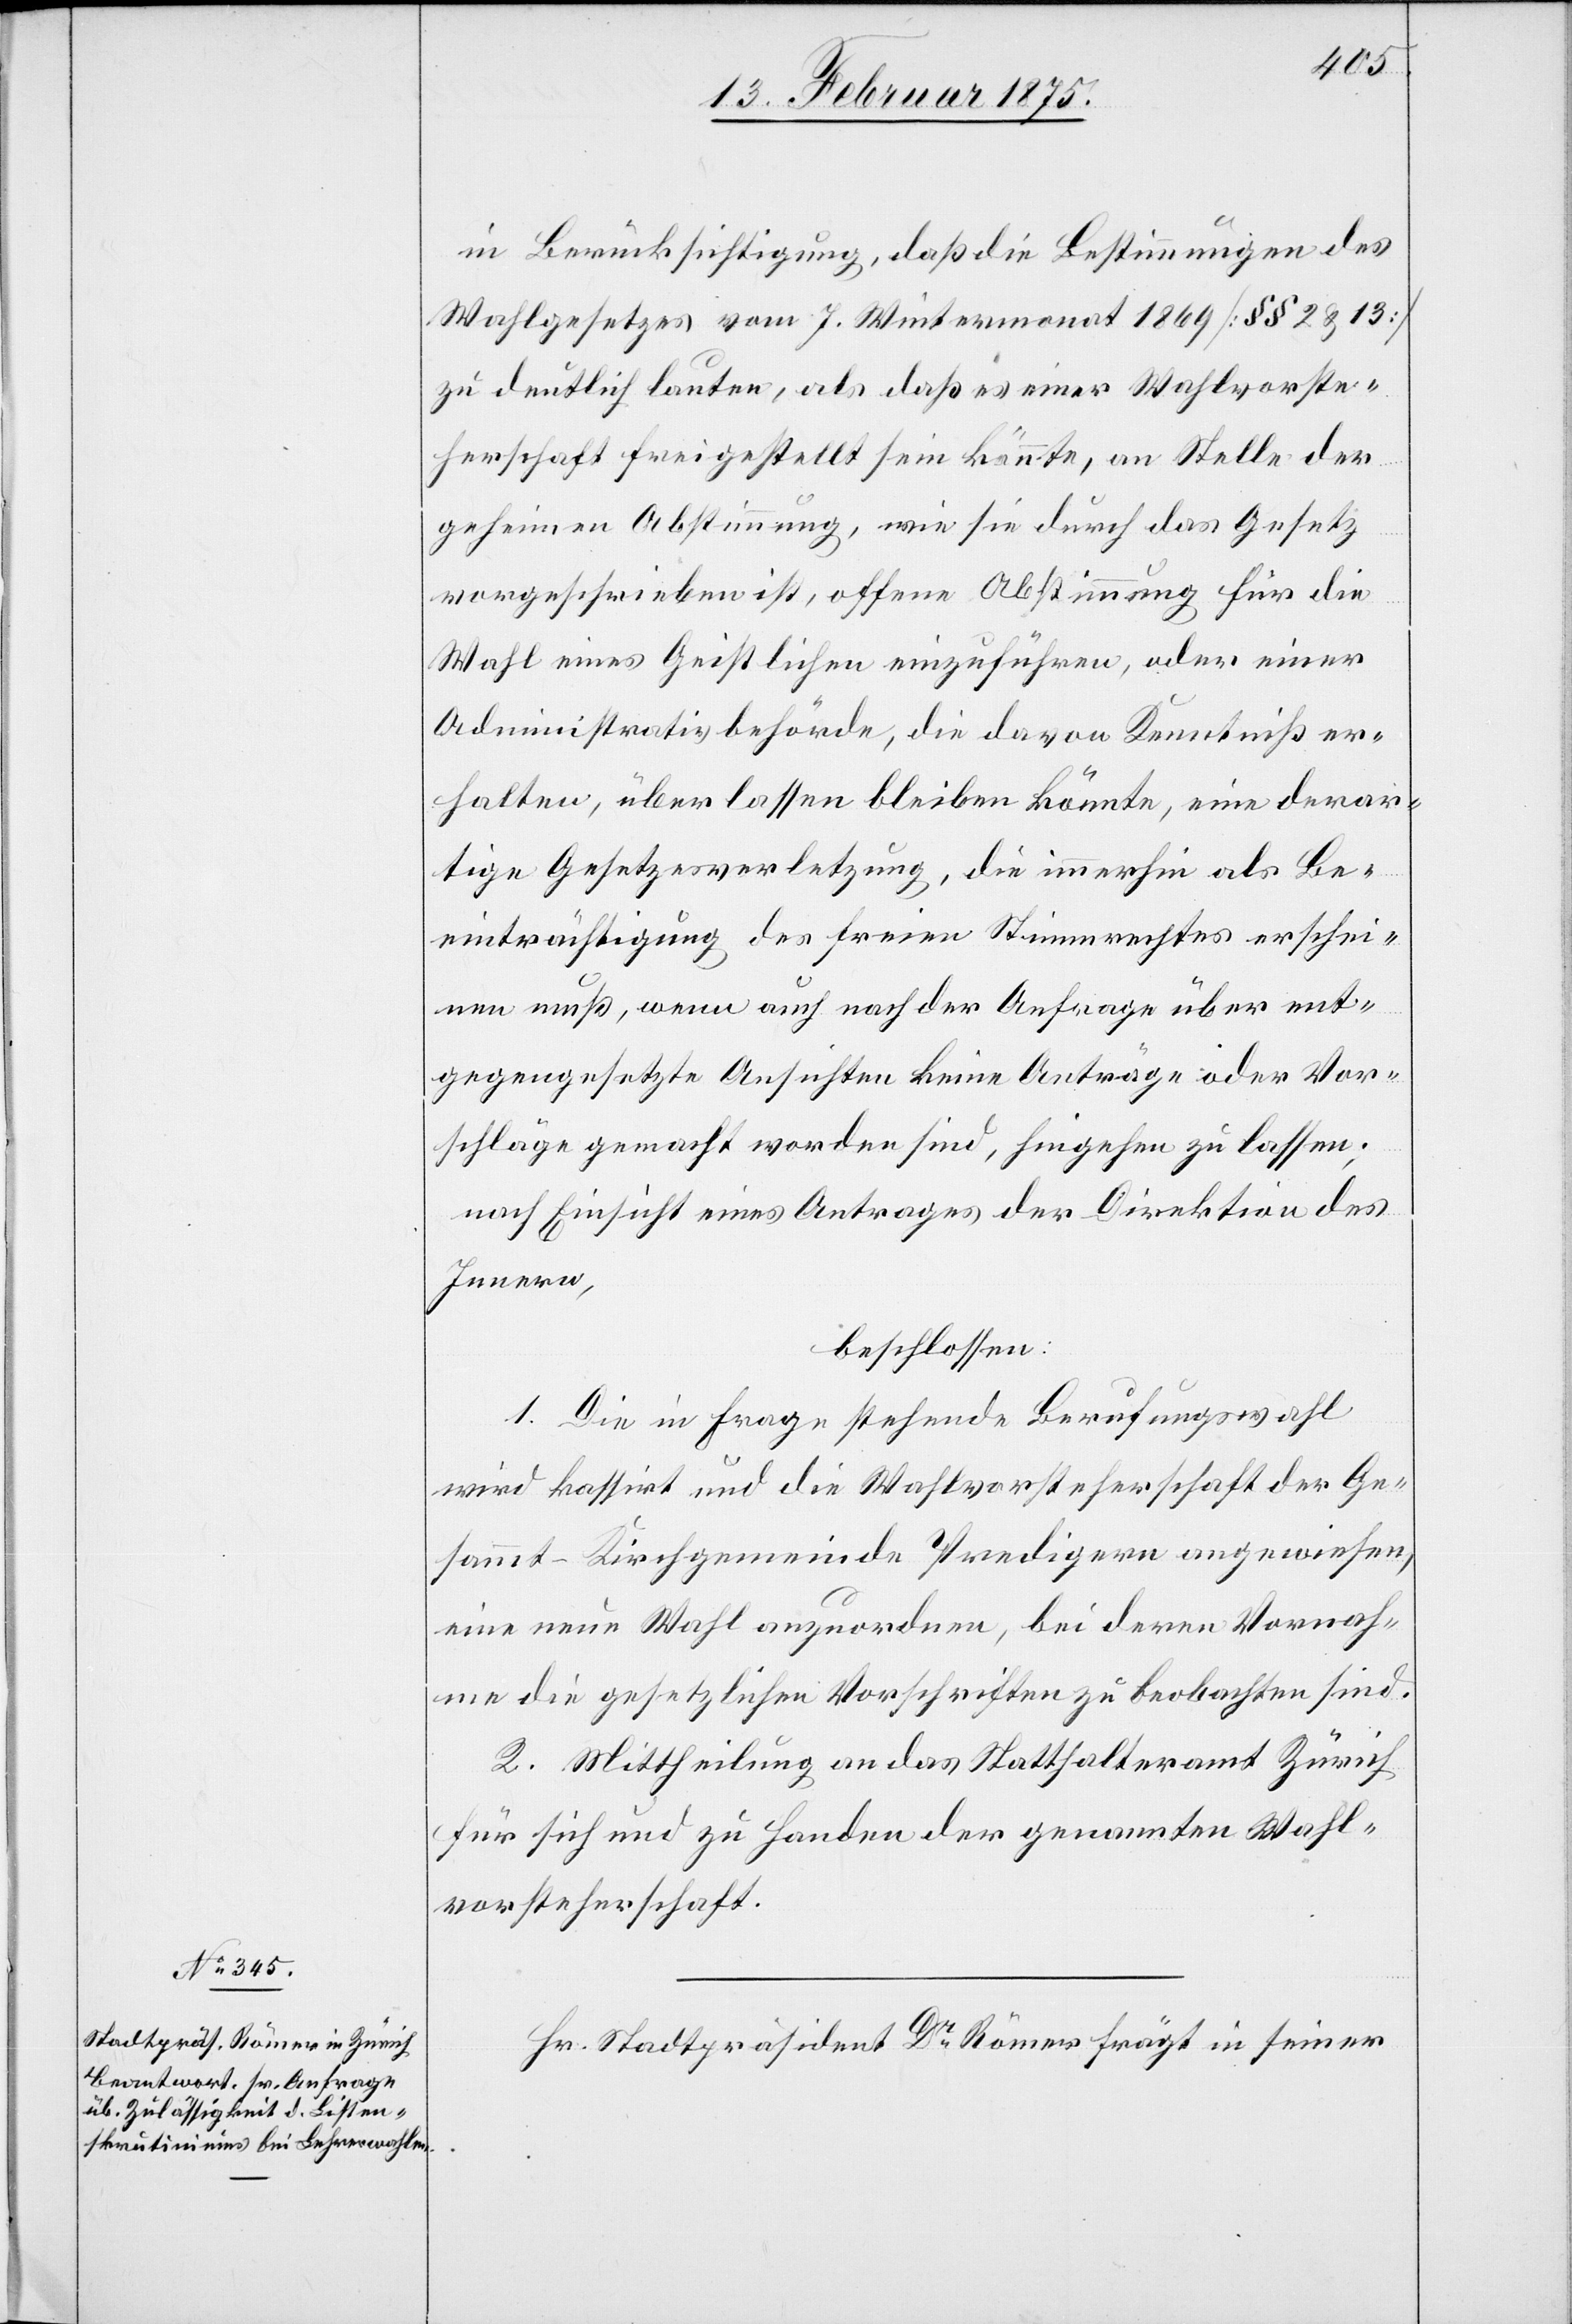
in Berücksichtigung, daß die Bestimmungen des
Wahlgesetzes vom 7. Wintermonat 1869 (§§ 2 u. 13)
zu deutlich lauten, als daß es einer Wahlvorste¬
herschaft freigestellt sein könnte, an Stelle der
geheimen Abstimmung, wie sie durch das Gesetz
vorgeschrieben ist, offenene Abstimmung für die
Wahl eines Geistlichen einzuführen, oder einer
Administrativbehörde, die davon Kenntniß er¬
halten, überlassen bleiben könnte, eine derar¬
tige Gesetzesverletzung, die immerhin als Be¬
einträchtigung des freien Stimmrechtes erschei¬
nen muß, wenn auch nach der Anfrage über ent¬
gegengesetzte Ansichten keine Anträge oder Vor¬
schläge gemacht worden sind, hingehen zu lassen;
nach Einsicht eines Antrages der Direktion des
Innern,
beschlossen:
1. Die in Frage stehende Berufungswahl
wird kassirt und die Wahlvorsteherschaft der Ge¬
sammt-Kirchgemeinde Predigern angewiesen,
eine neue Wahl anzuordnen, bei deren Vornah¬
me die gesetzlichen Vorschriften zu beobachten sind.
2. Mittheilung an das Statthalteramt Zürich
für sich und zu Handen der genannten Wahl¬
vorsteherschaft.
Hr. Stadtpräsident Dr Römer frägt in seiner